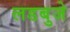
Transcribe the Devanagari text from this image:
लडबुजे